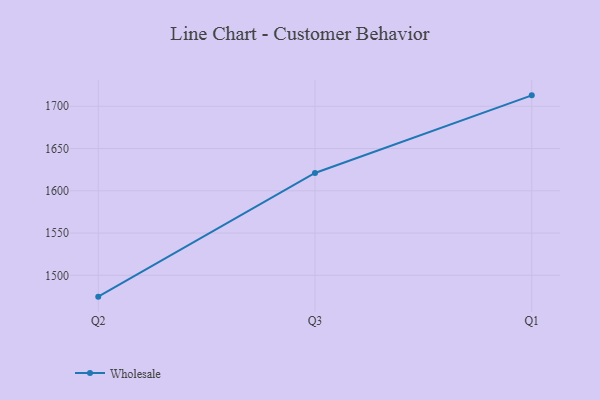
{"axis": {"x": "Quarter", "y": "Latency (ms)"}, "legend": ["Wholesale"], "data": [{"x": "Q2", "y": 1474.8, "type": "Wholesale"}, {"x": "Q3", "y": 1621.1, "type": "Wholesale"}, {"x": "Q1", "y": 1712.9, "type": "Wholesale"}]}